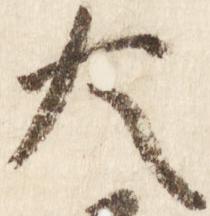
大